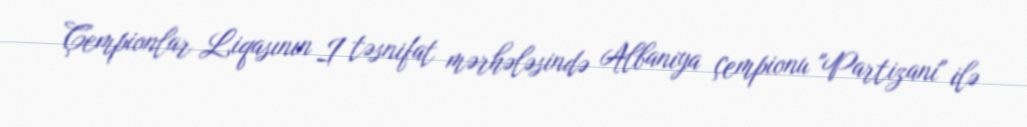
Çempionlar Liqasının I təsnifat mərhələsində Albaniya çempionu "Partizani" ilə